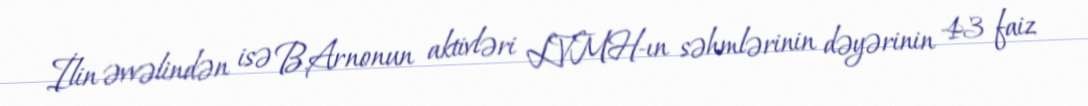
İlin əvvəlindən isə B.Arnonun aktivləri LVMH-ın səhmlərinin dəyərinin 43 faiz